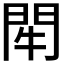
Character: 𨳯